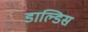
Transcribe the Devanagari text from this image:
डाल्डिस